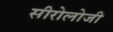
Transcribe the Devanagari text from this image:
सीरोलोजी